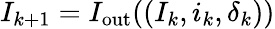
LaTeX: I_{k+1}=I_{\mathrm{out}}((I_{k},i_{k},\delta_{k}))